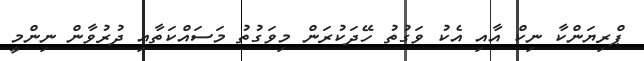
ޕްރިޔަންކާ ނިކް އާއި އެކު ވަގުތު ހޭދަކުރަން މިވަގުތު މަސައްކަތާއި ދުރުވާން ނިންމީ